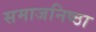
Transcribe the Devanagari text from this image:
समाजनिष्ठा